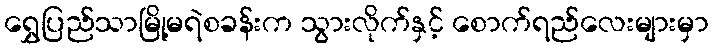
ရွှေပြည်သာမြို့မရဲစခန်းက သွားလိုက်နှင့် စောက်ရည်လေးများမှာ